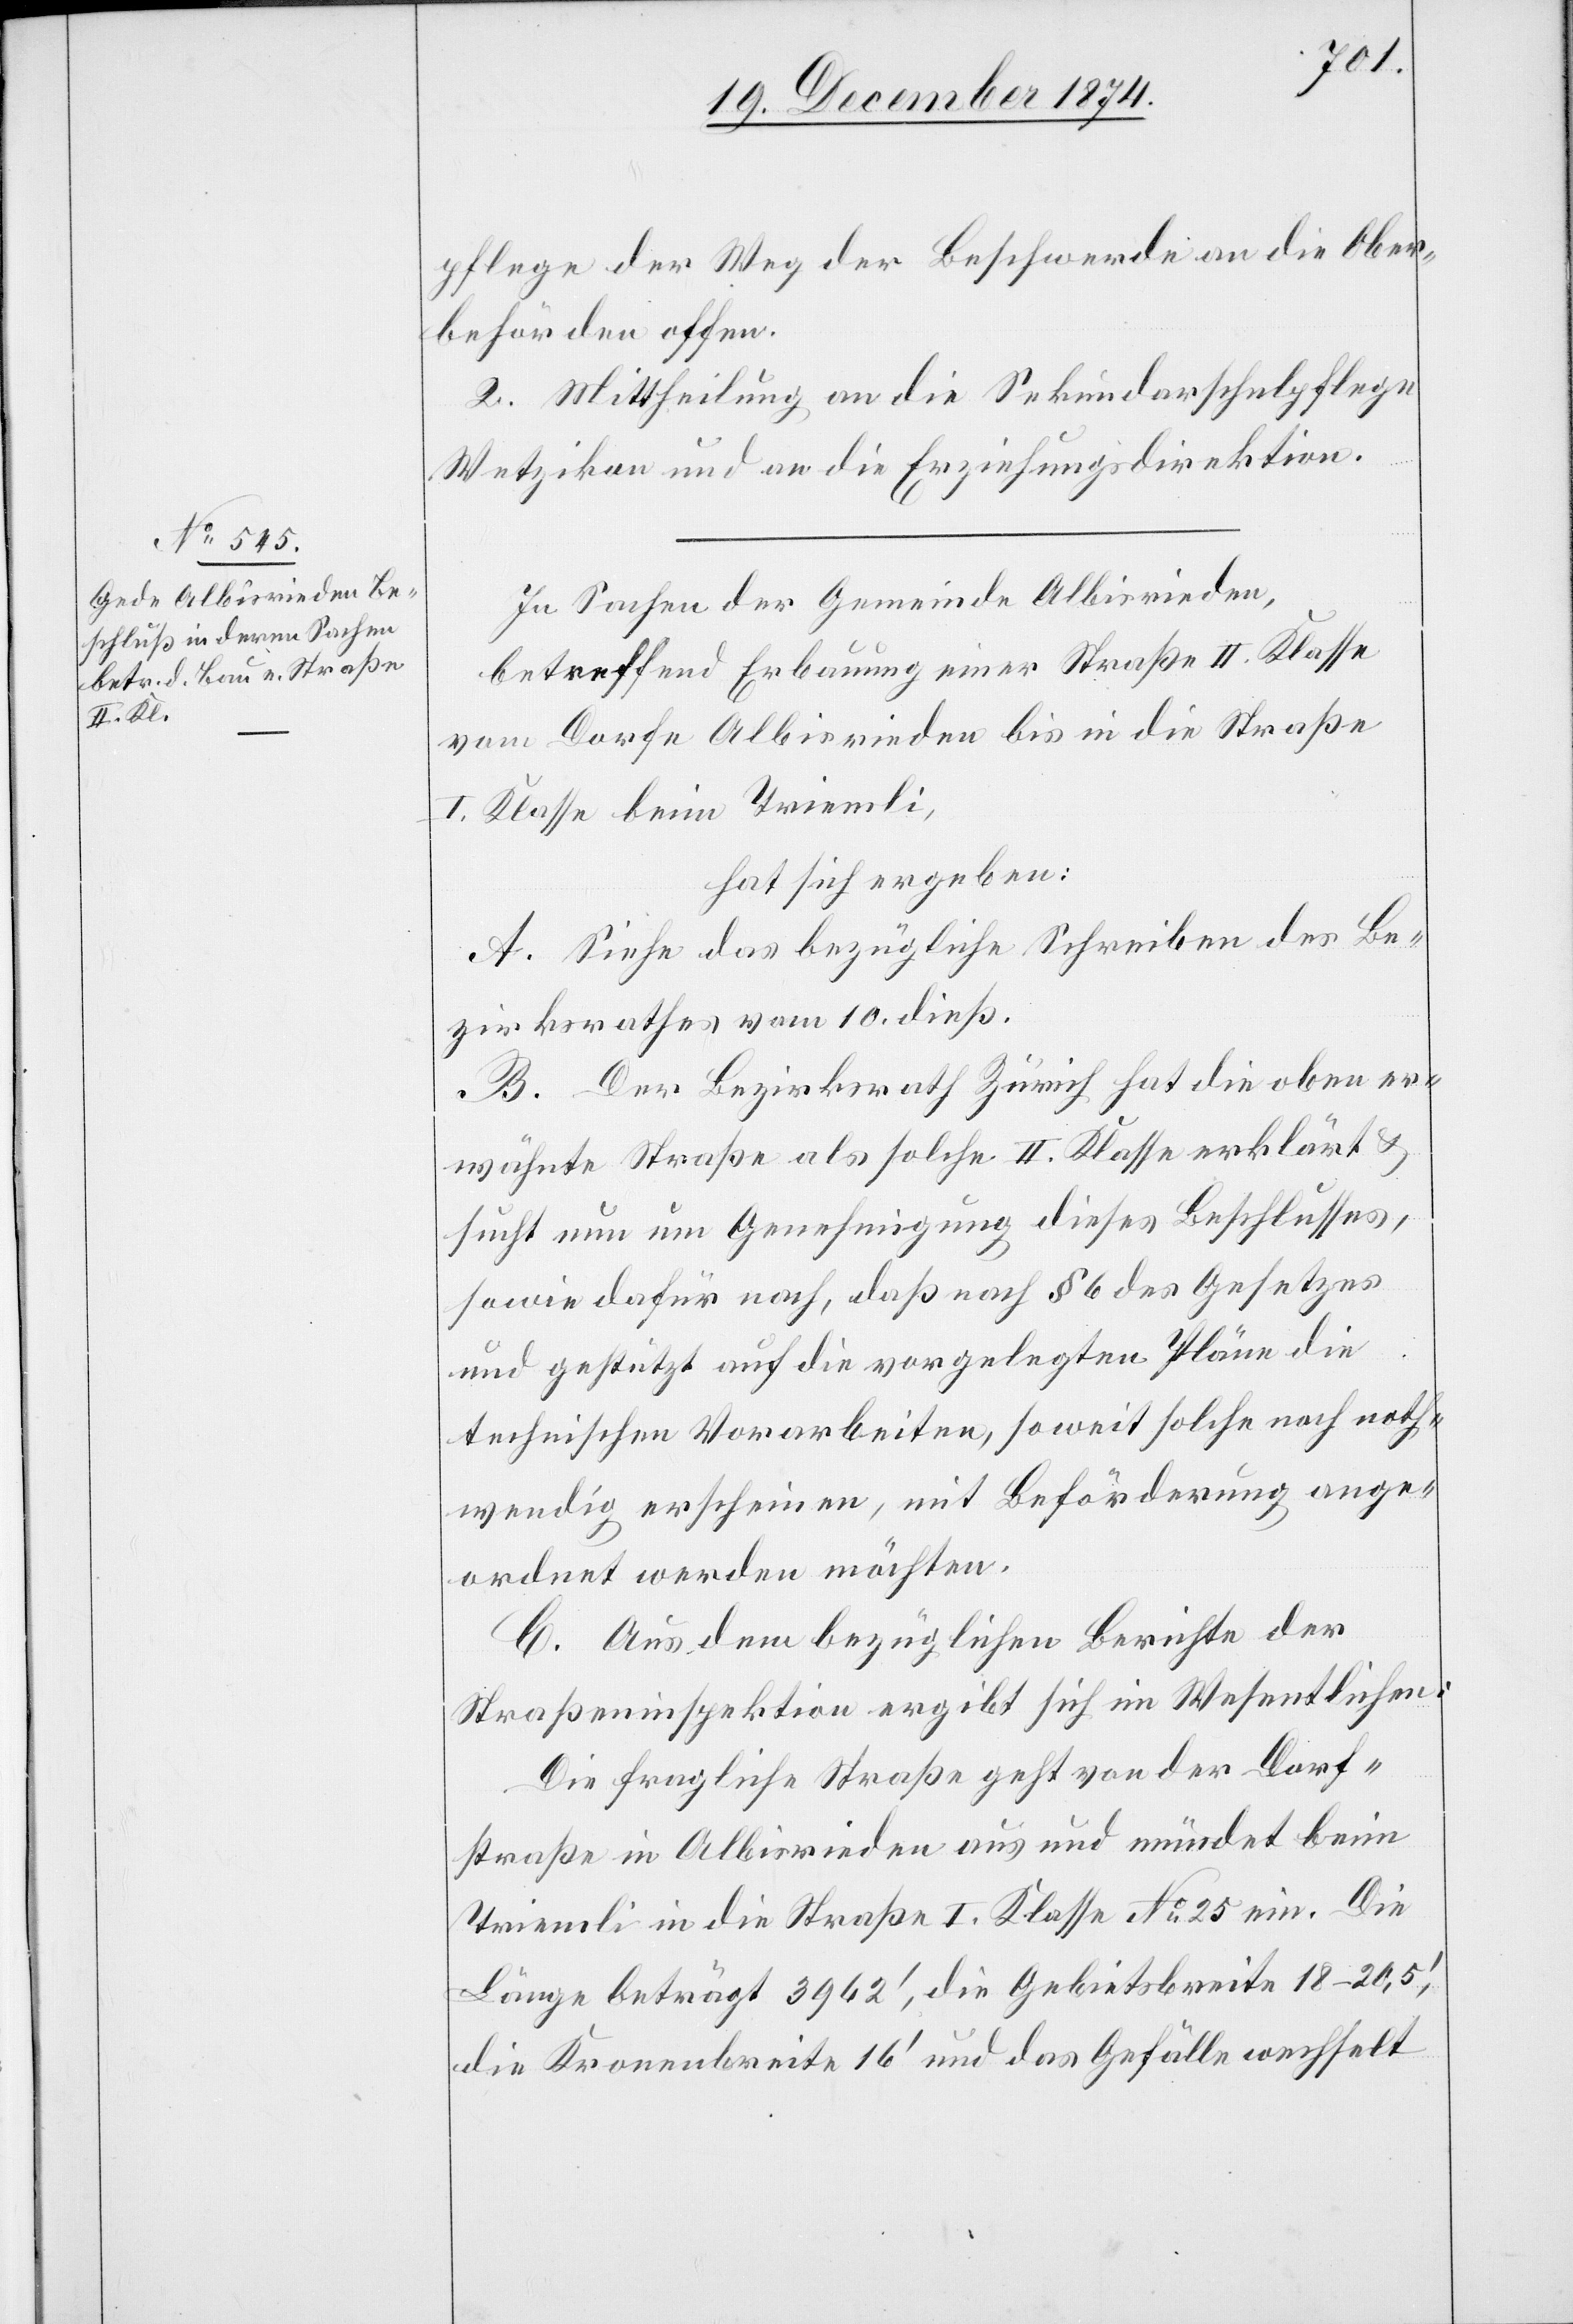
pflege der Weg der Beschwerde an die Ober¬
behörden offen.
2. Mittheilung an die Sekundarschulpflege
Wetzikon und an die Erziehungsdirektion.
In Sachen der Gemeinde Albisrieden,
betreffend Erbauung einer Straße II. Klasse
vom Dorfe Albisrieden bis in die Straße
I. Klasse beim Triemli,
hat sich ergeben:
A. Siehe das bezügliche Schreiben des Be¬
zirksrathes vom 10. dieß.
B. Der Bezirksrath Zürich hat die oben er¬
wähnte Straße als solche II. Klasse erklärt &
sucht nun um Genehmigung dieses Beschlusses,
sowie dafür nach, daß nach § 6 des Gesetzes
und gestützt auf die vorgelegten Pläne die
technischen Vorarbeiten, soweit solche noch noth¬
wendig erscheinen, mit Beförderung ange¬
ordnet werden möchten.
C. Aus dem bezüglichen Berichte der
Straßeninspektion ergibt sich im Wesentlichen:
Die fragliche Straße geht von der Dorf¬
straße in Albisrieden aus und mündet beim
Triemli in die Straße I. Klasse No 25 ein. Die
Länge beträgt 3962‘, die Gebietsbreite 18–20,5‘,
die Kronenbreite 16‘ und das Gefälle wechselt